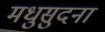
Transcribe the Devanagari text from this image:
मधुसुदना